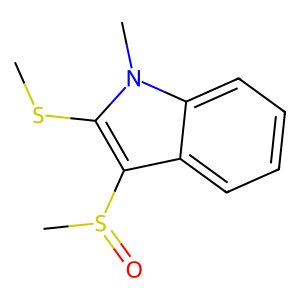
SMILES: CSc1c(S(C)=O)c2ccccc2n1C
Inhibits HIV replication: No